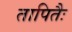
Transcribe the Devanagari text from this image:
तापितैः